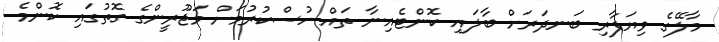
މާލޭގެ ވިޔަފާރި ބަނދަރަށް ބާލައި ކޮންޓެއިނާ ތައް ހުސްކުރުމަށް މަޖޫރީންގެ ގޮތުގައި ކޮންމެ